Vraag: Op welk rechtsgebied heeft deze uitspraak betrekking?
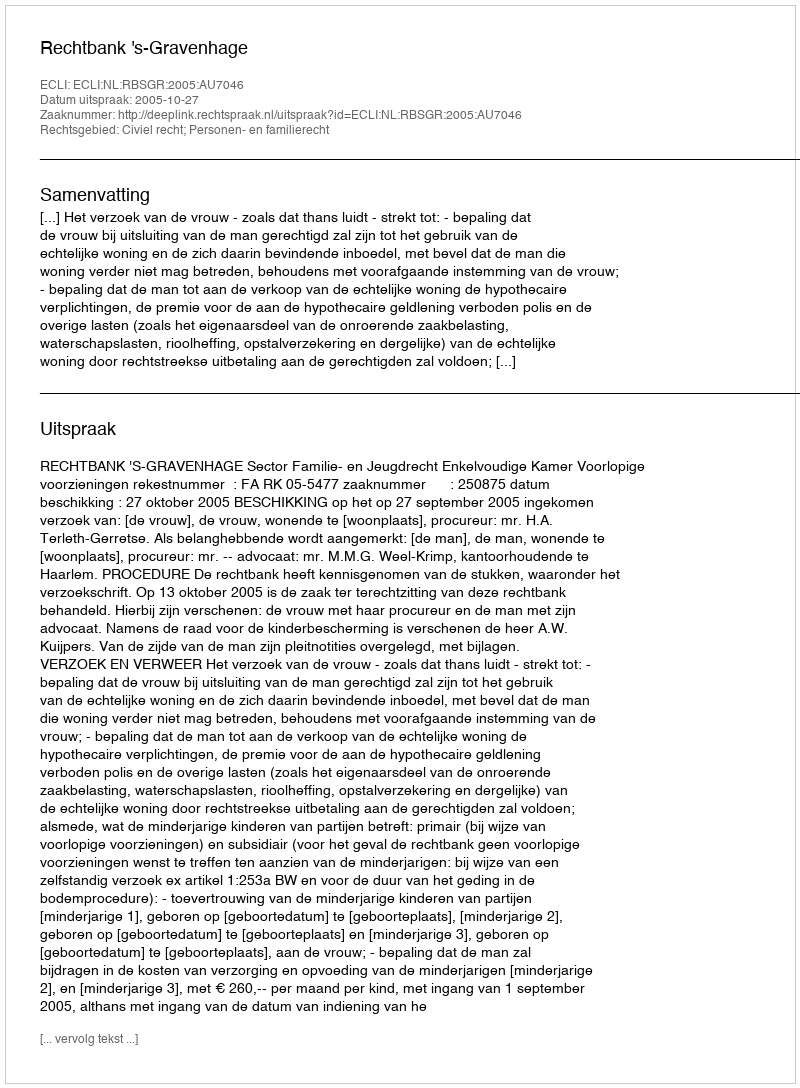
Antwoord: Civiel recht; Personen- en familierecht